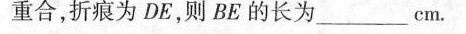
重合，折痕为DE，则BE的长为___cm。